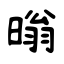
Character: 暡